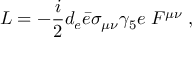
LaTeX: { \cal { L } } = - { \frac { i } { 2 } } d _ { e } \bar { e } \sigma _ { \mu \nu } \gamma _ { 5 } e \; F ^ { \mu \nu } \; ,